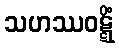
သဟဿဝဋ္ဋိံ